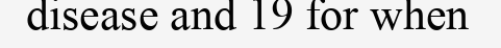
disease and 19 for when